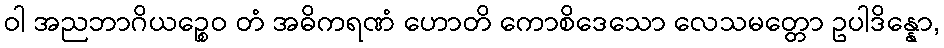
ဝါ အညဘာဂိယဉ္စေဝ တံ အဓိကရဏံ ဟောတိ ကောစိဒေသော လေသမတ္တော ဥပါဒိန္နော,